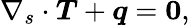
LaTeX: \nabla_{s}\cdot{\boldsymbol{T}}+{\boldsymbol{q}}={\boldsymbol{0}},